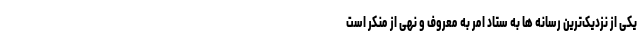
یکی از نزدیک‌ترین رسانه ها به ستاد امر به معروف و نهی از منکر است